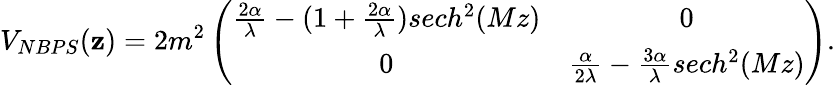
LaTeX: V_{NBPS}(\mathbf{z})=2m^{2}\left(\begin{array}{cc}{{\frac{2\alpha}{\lambda}-(1+\frac{2\alpha}{\lambda})sech^{2}(Mz)}}&{{0}}\\ {{0}}&{{\frac{\alpha}{2\lambda}-\frac{3\alpha}{\lambda}sech^{2}(Mz)}}\end{array}\right).